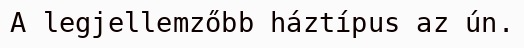
A legjellemzőbb háztípus az ún.